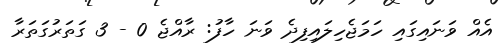
އެއް ވަނައިގައި ހަަަމަޖެހިލައިފިދެ ވަނަ ހާފު: ރާއްޖެ 0 - 3 ގަތަރުގަތަރާ